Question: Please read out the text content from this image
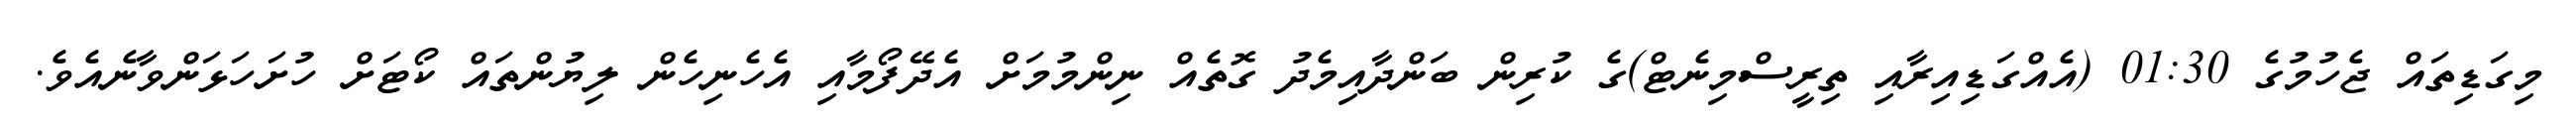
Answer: މިގަޑިތައް ޖެހުމުގެ 01:30 (އެއްގަޑިއިރާއި ތިރީސްމިނެޓް)ގެ ކުރިން ބަންދާއިމެދު ގޮތެއް ނިންމުމަށް އެދޭފޯމާއި އެހެނިހެން ލިޔުންތައް ކޯޓަށް ހުށަހަޅަންވާނެއެވެ.